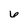
Character: 6